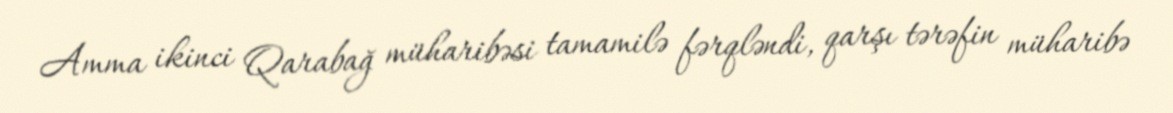
Amma ikinci Qarabağ müharibəsi tamamilə fərqləndi, qarşı tərəfin müharibə